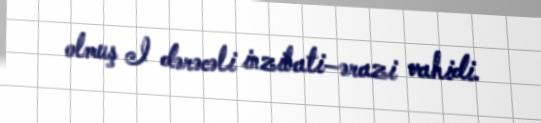
olmuş I dərəcəli inzibati–ərazi vahidi.